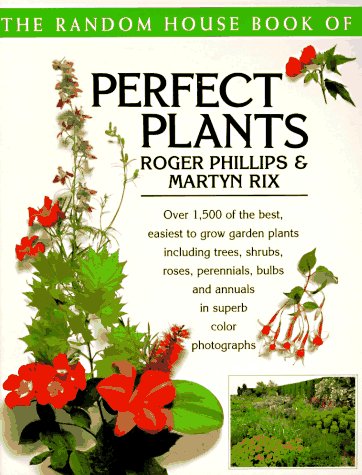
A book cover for The Random House Book of Perfect Plants; Roger Phillips; Crafts, Hobbies & Home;